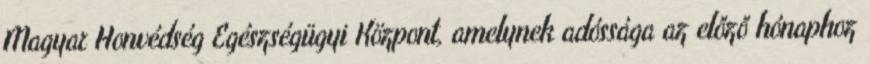
Magyar Honvédség Egészségügyi Központ, amelynek adóssága az előző hónaphoz